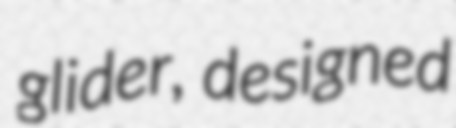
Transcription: glider, designed